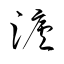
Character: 瀘